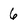
Character: 6